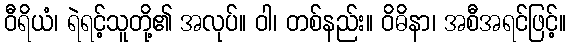
ဝီရိယံ၊ ရဲရင့်သူတို့၏ အလုပ်။ ဝါ၊ တစ်နည်း။ ဝိဓိနာ၊ အစီအရင်ဖြင့်။